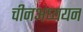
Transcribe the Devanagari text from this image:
चीनअध्ययन